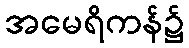
အမေရိကန်၌